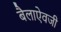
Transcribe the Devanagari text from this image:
बैलाऐवजी